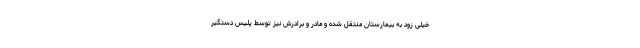
خیلی زود به بیمارستان منتقل شده و مادر و برادرش نیز توسط پلیس دستگیر